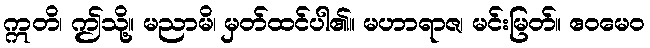
ဣတိ၊ ဤသို့။ မညာမိ၊ မှတ်ထင်ပါ၏။ မဟာရာဇ၊ မင်းမြတ်။ ဧဝမေဝ